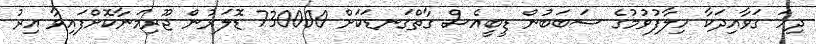
ދިހަ ގަވާއިދަކާ ހިލާފުވުމުގެ ސަބަބުން ޑީބީއެސް ގާތްގަނޑަކަށް 730000 ޑޮލަރުން ޖޫރިމަނާކޮށްފައިވާ އިރު